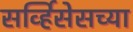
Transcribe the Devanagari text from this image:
सर्व्हिसेसच्या